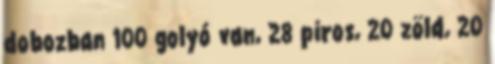
dobozban 100 golyó van, 28 piros, 20 zöld, 20